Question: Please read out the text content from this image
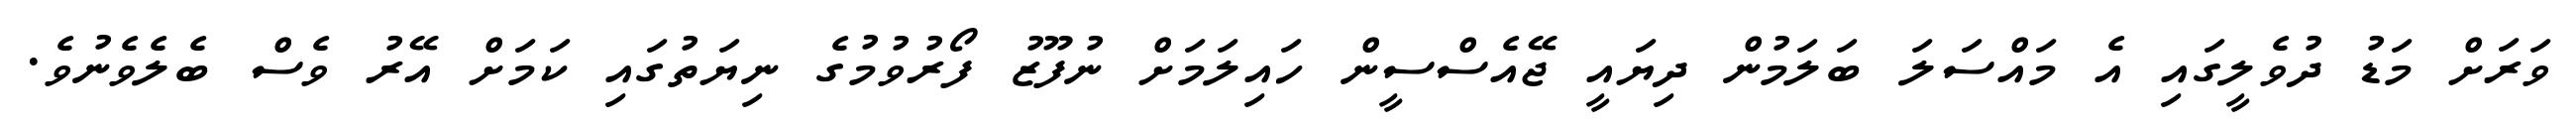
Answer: ވަރަށް މަޑު ދުވެލީގައި އެ މައްސަލަ ބަލަމުން ދިޔައީ ޖޭއެސްސީން ހައިލަމަށް ނުފޫޒު ފޯރުވުމުގެ ނިޔަތުގައި ކަމަށް އޭރު ވެސް ބެލެވެނުވެ.